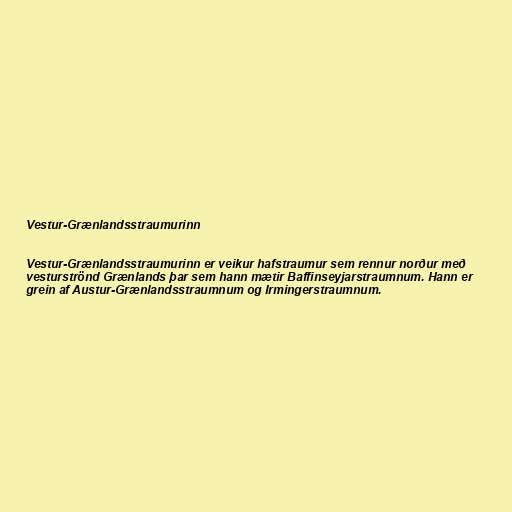
Vestur-Grænlandsstraumurinn

Vestur-Grænlandsstraumurinn er veikur hafstraumur sem rennur norður með
vesturströnd Grænlands þar sem hann mætir Baffinseyjarstraumnum. Hann er
grein af Austur-Grænlandsstraumnum og Irmingerstraumnum.